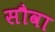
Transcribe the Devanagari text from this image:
सौवा